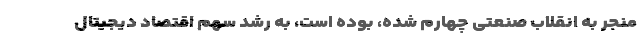
منجر به انقلاب صنعتی چهارم شده، بوده است، به رشد سهم اقتصاد دیجیتال